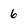
Character: 6